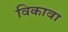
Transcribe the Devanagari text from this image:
विकावा